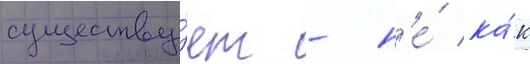
существу́ет - н'е́ ка́к